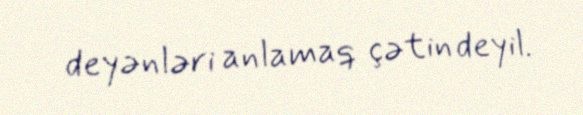
deyənləri anlamaq çətin deyil.